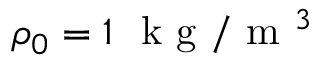
\rho _ { 0 } = 1 ~ \mathrm { ~ k ~ g ~ } / \mathrm { ~ m ~ } ^ { 3 }